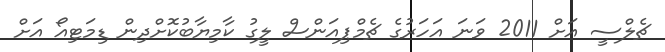
ޗެލްސީ އަށް 2011 ވަނަ އަހަރުގެ ޗެމްޕިއަންސް ލީގު ކާމިޔާބުކޮށްދިން ޑިމަޓިއޯ އަށް